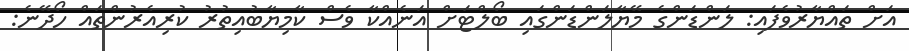
އަށް ތައްޔާރުވެފައި: ލަންޑަންގެ މޭޔާލަންޑަންގައި ބޯލްޓަށް އަނެއްކާ ވެސް ކާމިޔާބުއިތުރު ކުރިއެރުންތައް ހޯދޭނެ: